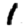
Digit: 1